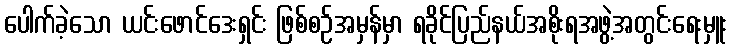
ပေါက်ခဲ့သော ယင်းဖောင်ဒေးရှင်း ဖြစ်စဉ်အမှန်မှာ ရခိုင်ပြည်နယ်အစိုးရအဖွဲ့အတွင်းရေးမှူး